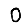
Digit: 0